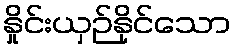
နှိုင်းယှဉ်နိုင်သော